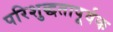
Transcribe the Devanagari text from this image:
परिशुद्धतापूर्वक